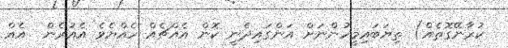
ކުރާނޭގޮތެއް) ތިޔަބައިމީހުންނަށް އަންގައިދެނީ ކޮން އެއްޗެއް ހެއްޔެވެެ އެއުރެން  އެއް